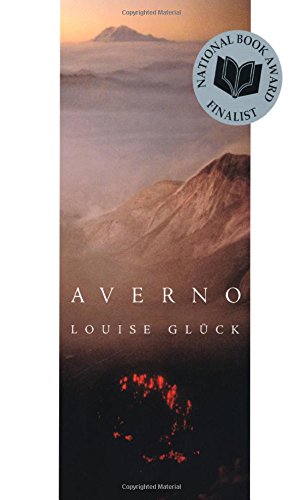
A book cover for Averno: Poems; Louise GlÃ¼ck; Literature & Fiction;